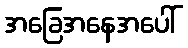
အခြေအနေအပေါ်